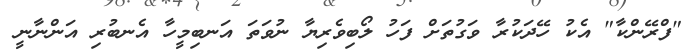
"ފްރޭންކާ" އެކު ހޭދަކުރާ ވަގުތަށް ފަހު ލޯބިވެރިޔާ ނުވަތަ އަނބިމީހާ އެނބުރި އަންނާނީ